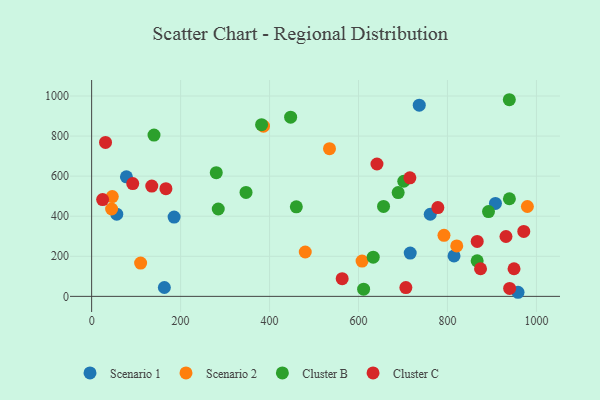
{"axis": {"x": "Ad Spend", "y": "Exam Score"}, "legend": ["Cluster B", "Cluster C", "Scenario 1", "Scenario 2"], "data": [{"x": "185.4", "y": 395.7, "type": "Scenario 1"}, {"x": "736.6", "y": 954.0, "type": "Scenario 1"}, {"x": "163.5", "y": 44.2, "type": "Scenario 1"}, {"x": "814.8", "y": 202.0, "type": "Scenario 1"}, {"x": "78.2", "y": 596.8, "type": "Scenario 1"}, {"x": "958.7", "y": 20.4, "type": "Scenario 1"}, {"x": "761.3", "y": 409.9, "type": "Scenario 1"}, {"x": "56.5", "y": 410.4, "type": "Scenario 1"}, {"x": "716.3", "y": 215.9, "type": "Scenario 1"}, {"x": "907.9", "y": 463.9, "type": "Scenario 1"}, {"x": "110.1", "y": 166.0, "type": "Scenario 2"}, {"x": "386.4", "y": 849.5, "type": "Scenario 2"}, {"x": "44.9", "y": 436.0, "type": "Scenario 2"}, {"x": "480.3", "y": 221.4, "type": "Scenario 2"}, {"x": "820.9", "y": 251.5, "type": "Scenario 2"}, {"x": "608.0", "y": 176.1, "type": "Scenario 2"}, {"x": "534.8", "y": 737.1, "type": "Scenario 2"}, {"x": "979.7", "y": 448.4, "type": "Scenario 2"}, {"x": "792.2", "y": 304.7, "type": "Scenario 2"}, {"x": "46.4", "y": 497.9, "type": "Scenario 2"}, {"x": "611.5", "y": 36.0, "type": "Cluster B"}, {"x": "939.3", "y": 487.1, "type": "Cluster B"}, {"x": "633.1", "y": 195.4, "type": "Cluster B"}, {"x": "447.4", "y": 894.2, "type": "Cluster B"}, {"x": "689.2", "y": 517.8, "type": "Cluster B"}, {"x": "939.1", "y": 981.4, "type": "Cluster B"}, {"x": "701.8", "y": 574.6, "type": "Cluster B"}, {"x": "347.1", "y": 518.6, "type": "Cluster B"}, {"x": "284.7", "y": 436.0, "type": "Cluster B"}, {"x": "892.3", "y": 423.0, "type": "Cluster B"}, {"x": "280.2", "y": 617.4, "type": "Cluster B"}, {"x": "460.2", "y": 447.0, "type": "Cluster B"}, {"x": "382.1", "y": 857.0, "type": "Cluster B"}, {"x": "140.2", "y": 805.1, "type": "Cluster B"}, {"x": "656.3", "y": 448.9, "type": "Cluster B"}, {"x": "866.8", "y": 177.5, "type": "Cluster B"}, {"x": "866.9", "y": 274.0, "type": "Cluster C"}, {"x": "778.4", "y": 443.1, "type": "Cluster C"}, {"x": "24.7", "y": 483.3, "type": "Cluster C"}, {"x": "135.2", "y": 550.6, "type": "Cluster C"}, {"x": "931.6", "y": 298.7, "type": "Cluster C"}, {"x": "31.2", "y": 768.2, "type": "Cluster C"}, {"x": "949.7", "y": 137.7, "type": "Cluster C"}, {"x": "92.4", "y": 563.1, "type": "Cluster C"}, {"x": "563.3", "y": 88.3, "type": "Cluster C"}, {"x": "971.6", "y": 324.1, "type": "Cluster C"}, {"x": "939.8", "y": 39.6, "type": "Cluster C"}, {"x": "641.5", "y": 660.7, "type": "Cluster C"}, {"x": "706.5", "y": 44.1, "type": "Cluster C"}, {"x": "715.5", "y": 591.5, "type": "Cluster C"}, {"x": "167.0", "y": 537.4, "type": "Cluster C"}, {"x": "874.4", "y": 137.9, "type": "Cluster C"}]}